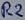
Text: R2